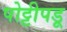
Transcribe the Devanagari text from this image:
पोट्टीपडू